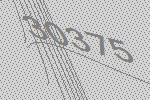
30375